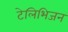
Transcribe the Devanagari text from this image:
टेलिभिजन